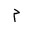
Letter: _mim